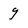
Character: 9